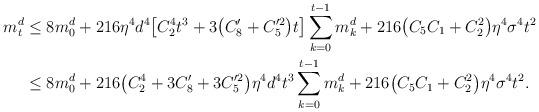
LaTeX: \begin{align*} m_{t}^d &\le 8m^d_0+216\eta^4 d^4 \big[ C_2^4 t^3+3\big( C_8'+C_{5}'^2 \big)t \big] \sum_{k=0}^{t-1} m^d_k +216 \big( C_{5}C_1+C_2^2 \big)\eta^4 \sigma^4 t^2\\ &\le 8m^d_0+216 \big(C_2^4+ 3C_8'+3C_{5}'^2 \big)\eta^4 d^4t^3 \sum_{k=0}^{t-1} m^d_k +216 \big( C_{5}C_1+C_2^2 \big)\eta^4 \sigma^4 t^2.\end{align*}